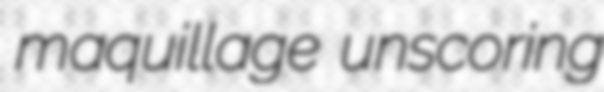
maquillage unscoring